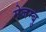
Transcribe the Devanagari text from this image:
मेजम्बु